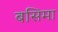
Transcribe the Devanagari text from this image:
बसिमा